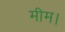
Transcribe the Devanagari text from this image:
मीम।